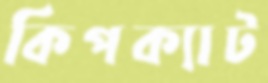
কিপক্যাট